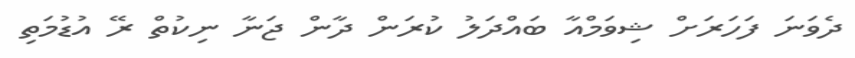
ދެވަނަ ފަހަރަށް ޝިވަމްއާ ބައްދަލު ކުރަން ދާން ޖަނާ ނިކުތް ރޭ އުޑުމަތި